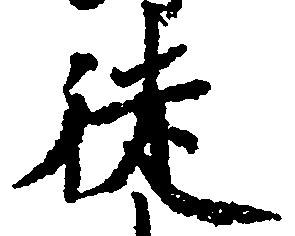
徒